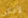
لأنكي